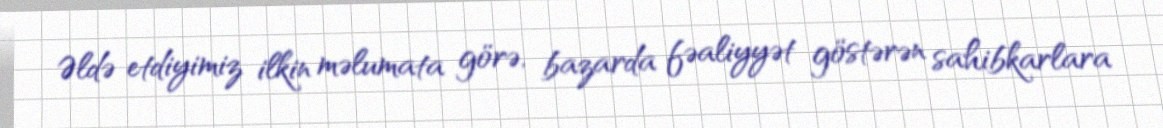
Əldə etdiyimiz ilkin məlumata görə, bazarda fəaliyyət göstərən sahibkarlara